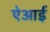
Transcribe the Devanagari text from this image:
ऐआई